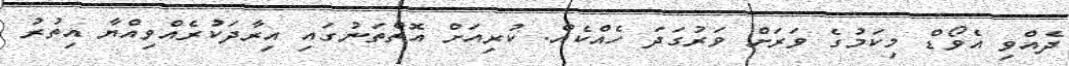
ދެއްވި އެވޯޑް މިކަމުގެ ވަރަށް ވަރުގަދަ ހެއްކެއް. ކުރިއަށް އޮތްތަނުގައި އިރާދަކުރެއްވިއްޔާ އިތުރު